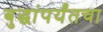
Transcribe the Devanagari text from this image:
बुद्धांपर्यंतचा